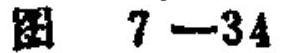
图 7 - 34